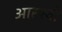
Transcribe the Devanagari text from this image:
आर१बी